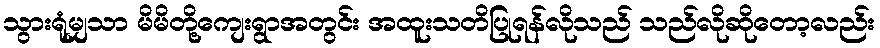
သွားရုံမျှသာ မိမိတို့ကျေးရွာအတွင်း အထူးသတိပြုရန်လိုသည် သည်လိုဆိုတော့လည်း